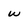
Character: w